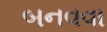
બનવવા